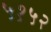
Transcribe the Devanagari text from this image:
५१५२